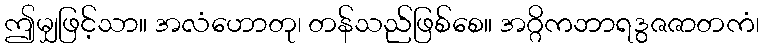
ဤမျှဖြင့်သာ။ အလံဟောတု၊ တန်သည်ဖြစ်စေ။ အဂ္ဂိကဘာရဒွဇဇာတကံ၊